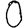
Digit: 0